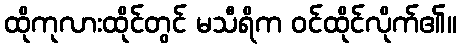
ထိုကုလားထိုင်တွင် မသီရိက ဝင်ထိုင်လိုက်၏။